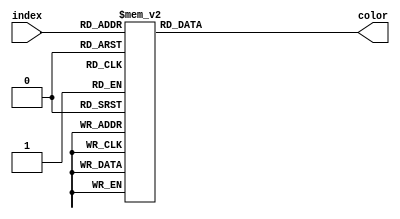
// This program was cloned from: https://github.com/ustb-owl/Uranus
// License: GNU General Public License v3.0

`timescale 1ns / 1ps

module VGAColor(
    input [3:0] index,
    output reg[11:0] color
);

    always @(*) begin
        case (index)
            4'b0000: color <= 12'h000;
            4'b0001: color <= 12'h00a;
            4'b0010: color <= 12'h0a0;
            4'b0011: color <= 12'h0aa;
            4'b0100: color <= 12'ha00;
            4'b0101: color <= 12'ha0a;
            4'b0110: color <= 12'haa0;
            4'b0111: color <= 12'haaa;
            4'b1000: color <= 12'h444;
            4'b1001: color <= 12'h44f;
            4'b1010: color <= 12'h4f4;
            4'b1011: color <= 12'h4ff;
            4'b1100: color <= 12'hf44;
            4'b1101: color <= 12'hf4f;
            4'b1110: color <= 12'hff4;
            4'b1111: color <= 12'hfff;
            default: color <= 12'h000;
        endcase
    end

endmodule // VGAColor